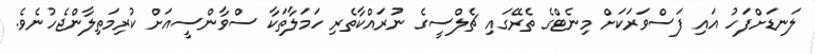
ލަނޑަށްފަހު އައި ފަސްވަރަކަށް މިނެޓްގެ ތެރޭގައި ޗެލްސީގެ ނުރައްކާތެރި ހަމަލާތަކާ ސްވާންސީއަށް ކުރިމަތިލާންޖެހުނެވެ.